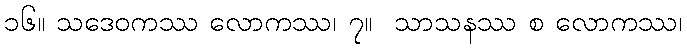
၁၆။ သဒေဝကဿ လောကဿ၊ ၇။  သာသနဿ စ လောကဿ၊